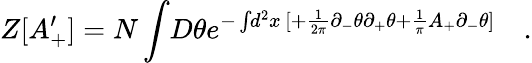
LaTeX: Z[A_{+}^{\prime}]=N\int\! D\theta e^{-\int\! d^{2}x\, [+\frac{1}{2\pi}\partial_{-}\theta\partial_{+}\theta+\frac{1}{\pi}A_{+}\partial_{-}\theta]}\quad.